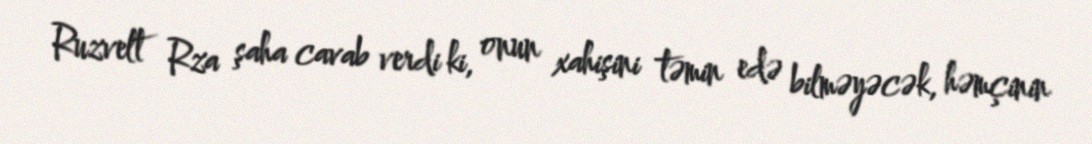
Ruzvelt Rza şaha cavab verdi ki, onun xahişini təmin edə bilməyəcək, həmçinin